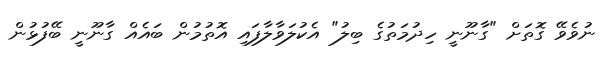
ނުވެވޭ ގޮތަށް "ގާނޫނީ ހިދުމަތުގެ ބިލު" އެކުލަވާލާފައި އޮތުމުން ބައެއް ގާނޫނީ ބޭފުޅުން